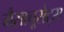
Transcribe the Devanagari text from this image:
मैसाचूसेट्स